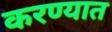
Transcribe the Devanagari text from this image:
करण्यात